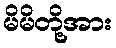
မိမိတို့အား